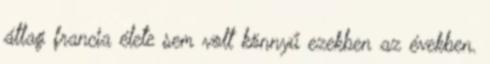
átlag francia élete sem volt könnyű ezekben az években.